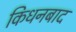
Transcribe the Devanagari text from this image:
किधनबाद